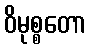
ဝိမုစ္စတော